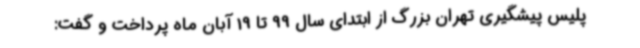
پلیس پیشگیری تهران بزرگ از ابتدای سال 99 تا 19 آبان ماه پرداخت و گفت: